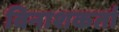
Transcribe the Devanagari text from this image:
विनाशकर्ता